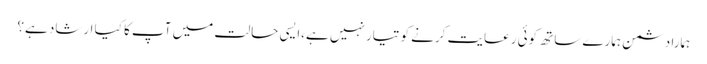
ہمارا دشمن ہمارے ساتھ کوئی رعایت کرنے کو تیار نہیں ہے،ایسی حالت میں آپ کا کیا ارشاد ہے؟